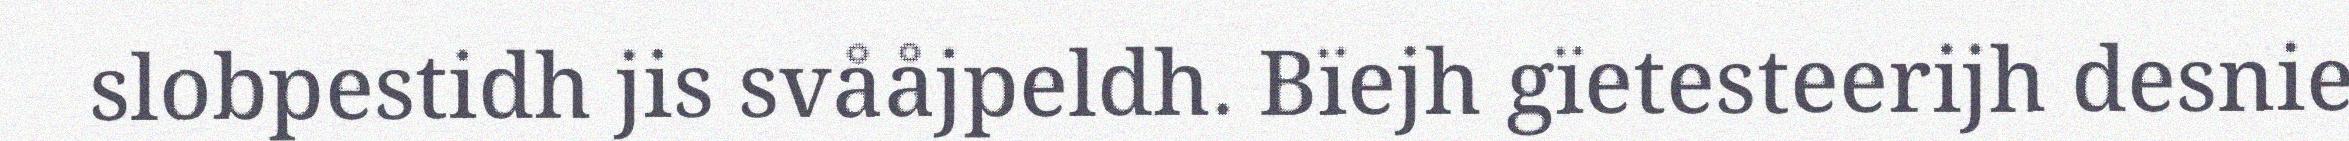
slobpestidh jis svååjpeldh. Bïejh gïetesteerijh desnie